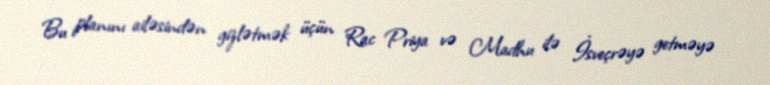
Bu planını ailəsindən gizlətmək üçün Rac Priya və Madhu ilə İsveçrəyə getməyə